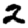
Digit: 2